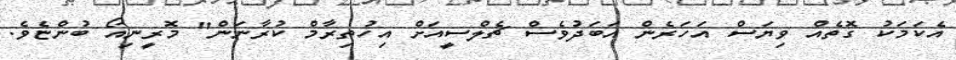
އެކަމަކު ގޮތެއް ވިޔަސް އަހަރެން އަބަދުވެސް ޗެލްސީއަށް އިހުތިރާމް ކުރާނަން" މޮރީނިއޯ ބުންޏެވެ.